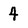
Character: 4